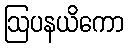
ဩပနယိကော